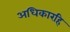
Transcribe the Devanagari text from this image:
अधिकारहि